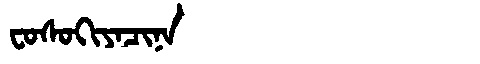
Manchu: ᠸᠣᠰᠣᡴᡳᠶᠠᠴᡳᠨᠠ
Romanization: FOSOKIYACINA